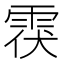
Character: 𲉶